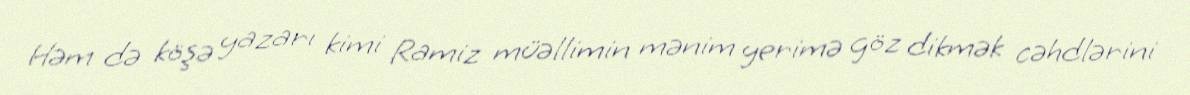
Həm də köşə yazarı kimi Ramiz müəllimin mənim yerimə göz dikmək cəhdlərini